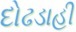
દોઢડાહી